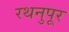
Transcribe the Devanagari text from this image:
रथनुपूर